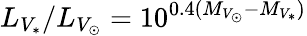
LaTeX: L_{V_{\ast}}/L_{V_{\odot}}=10^{0.4(M_{V_{\odot}}-M_{V_{\ast}})}